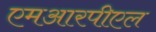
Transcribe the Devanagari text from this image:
एमआरपीएल